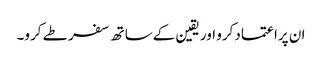
ان پراعتماد کرو اور یقین کےساتھ سفر طے کرو۔